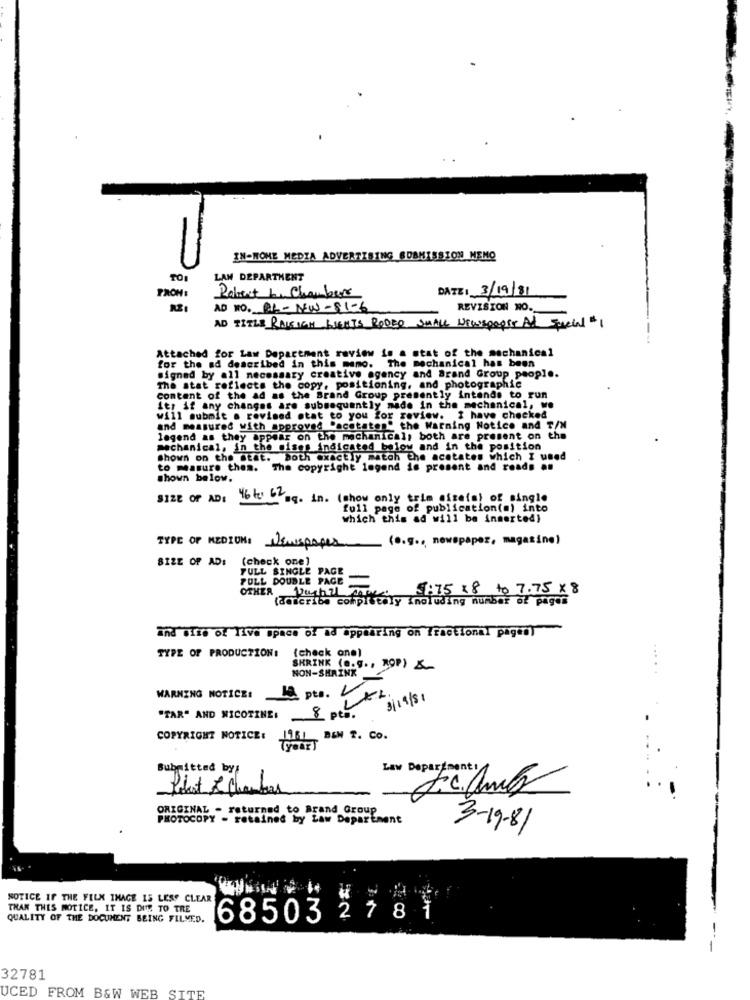
IN-HOME MEDIA ADVERTISING SUBMISSION MENO
TOI
LAN DEPARTMENT
DATE: 3/19/81
FROM:
Robert hn Chambers
AD NO. AL-NW-81-6
REVISION NO.
AD TITLE RALEIGH BIENTS RODEO SMALL NEWSpapET AL Special $1
Attached for Law Department review in a stat of the mechanical
for the ad described in this memo. The mechanical has been
signed by all necessary creative agency and Brand Group people.
The stat reflects the copy, positioning, and photographie
Content of the ad as the Brand Group presently intends to run
its if any changes are subsequently made in the mechanical, we
will submit a revised stat co you for review. I have checked
and measured with approved "acetatos" the Warning Notice and T/N
lagend as they appear on the mechanical, both are present on the
mechanical, in the mises indicated below and in the position
shown on the stat. both exactly match the acetates which I used
to measure them. The copyright legend is present and reads .n
shown below.
SIZE OF AD: 46 te 62
Bq. in. (show only trim sitets) of single
full page of publication(s) into
which this ad will be inserted}
(0.g ., newspaper, magasine)
TYPE OF MEDIUMS NEWSPA
SIZE OF AD: (check one]
FULL SINGLE PAGE
FULL DOUBLE PAGE
5.75 x8 to 7.75 × 8
OTHER Nurhal
(amscribe complitaly Inoluding number of pages
and #110 of live space of ad appearing on fractional pageny
(check one)
TYPE OF PRODUCTION:
SHRINK (e.g ., ROP) &
NON-SHRINK
18 pto. V
LAL
WARNING NOTICE:
3 / 19 / 81
"TAR" AND NICOTINE: 8 pta.
COPYRIGHT NOTICE:
BEN T. CO.
Submitted by
Law Department
Pist & Chambas
J.c. amb
ORIGINAL - returned to Brand Group
PHOTOCOPY - retained by Law Department
3-19-81
NOTICE IF THE FELX IMAGE 15 LESS CLEAR
THAN THIS NOTICE, IT IS DIE TO TRE
QUALITY OF THE DOCUMENT BEING FILMED.
685032781
32781
UCED FROM B&W WEB SITE